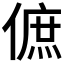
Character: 𠌮